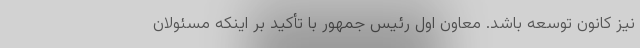
نیز کانون توسعه باشد. معاون اول رئیس جمهور با تأکید بر اینکه مسئولان